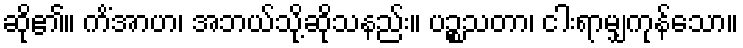
ဆို၏။ ကိံအာဟ၊ အဘယ်သို့ဆိုသနည်း။ ပဉ္စသတာ၊ ငါးရာမျှကုန်သော။